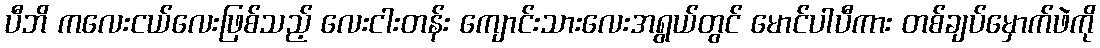
ပီဘိ ကလေးငယ်လေးဖြစ်သည့် လေးငါးတန်း ကျောင်းသားလေးအရွယ်တွင် မောင်ပါပီကား တစ်ချပ်မှောက်ဖဲကို